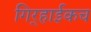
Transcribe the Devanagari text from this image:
गिर्‍हाईकच